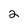
Character: 2